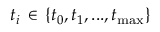
t _ { i } \, \in \, \{ t _ { 0 } , t _ { 1 } , . . . , t _ { \operatorname* { m a x } } \}